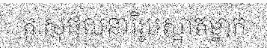
តូ សុផលនារីរូបស្អាតម្នាក់